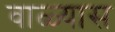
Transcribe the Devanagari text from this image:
वाळ्यास